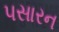
પસારન